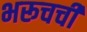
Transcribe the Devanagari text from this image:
भरूचची